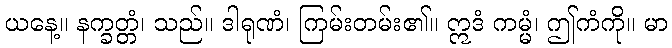
ယနေ့။ နက္ခတ္တံ၊ သည်။ ဒါရုဏံ၊ ကြမ်းတမ်း၏။ ဣဒံ ကမ္မံ၊ ဤကံကို။ မာ